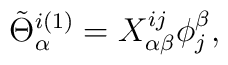
\tilde\Theta ^{i(1)}_\alpha =X_{\alpha \beta }^{ij}\phi _j^\beta ,